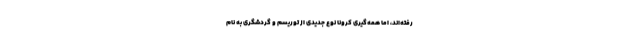
رفته‌اند، اما همه‌گیری کرونا نوع جدیدی از توریسم و گردشگری به نام